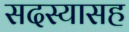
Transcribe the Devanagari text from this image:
सदस्यासह